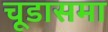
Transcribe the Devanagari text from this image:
चूडासमा